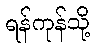
ရန်ကုန်သို့